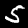
Label: 5